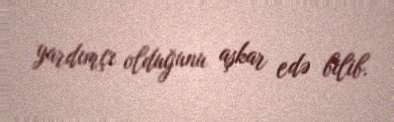
yardımçı olduğunu aşkar edə bilib.